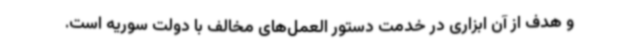
و هدف از آن ابزاری در خدمت دستور العمل‌های مخالف با دولت سوریه است.